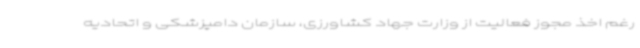
رغم اخذ مجوز فعالیت از وزارت جهاد کشاورزی، سازمان دامپزشکی و اتحادیه